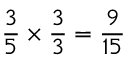
{ \frac { 3 } { 5 } } \times { \frac { 3 } { 3 } } = { \frac { 9 } { 1 5 } }